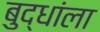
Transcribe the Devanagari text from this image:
बुद्धांला